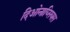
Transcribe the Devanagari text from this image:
दिओनाय्सियस